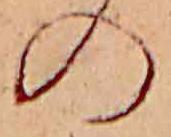
の